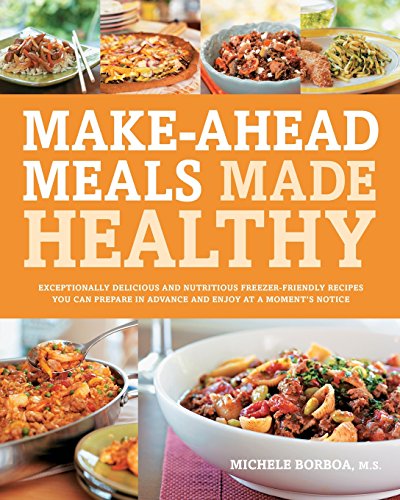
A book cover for Make-Ahead Meals Made Healthy: Exceptionally Delicious and Nutritious Freezer-Friendly Recipes You Can Prepare in Advance and Enjoy at a Moment's Notice; Michele Borboa; Cookbooks, Food & Wine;